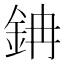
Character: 䤡